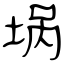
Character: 埚